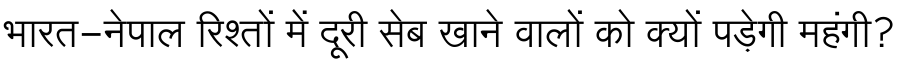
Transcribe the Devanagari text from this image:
भारत-नेपाल रिश्तों में दूरी सेब खाने वालों को क्यों पड़ेगी महंगी?